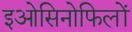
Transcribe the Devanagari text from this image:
इओसिनोफिलों